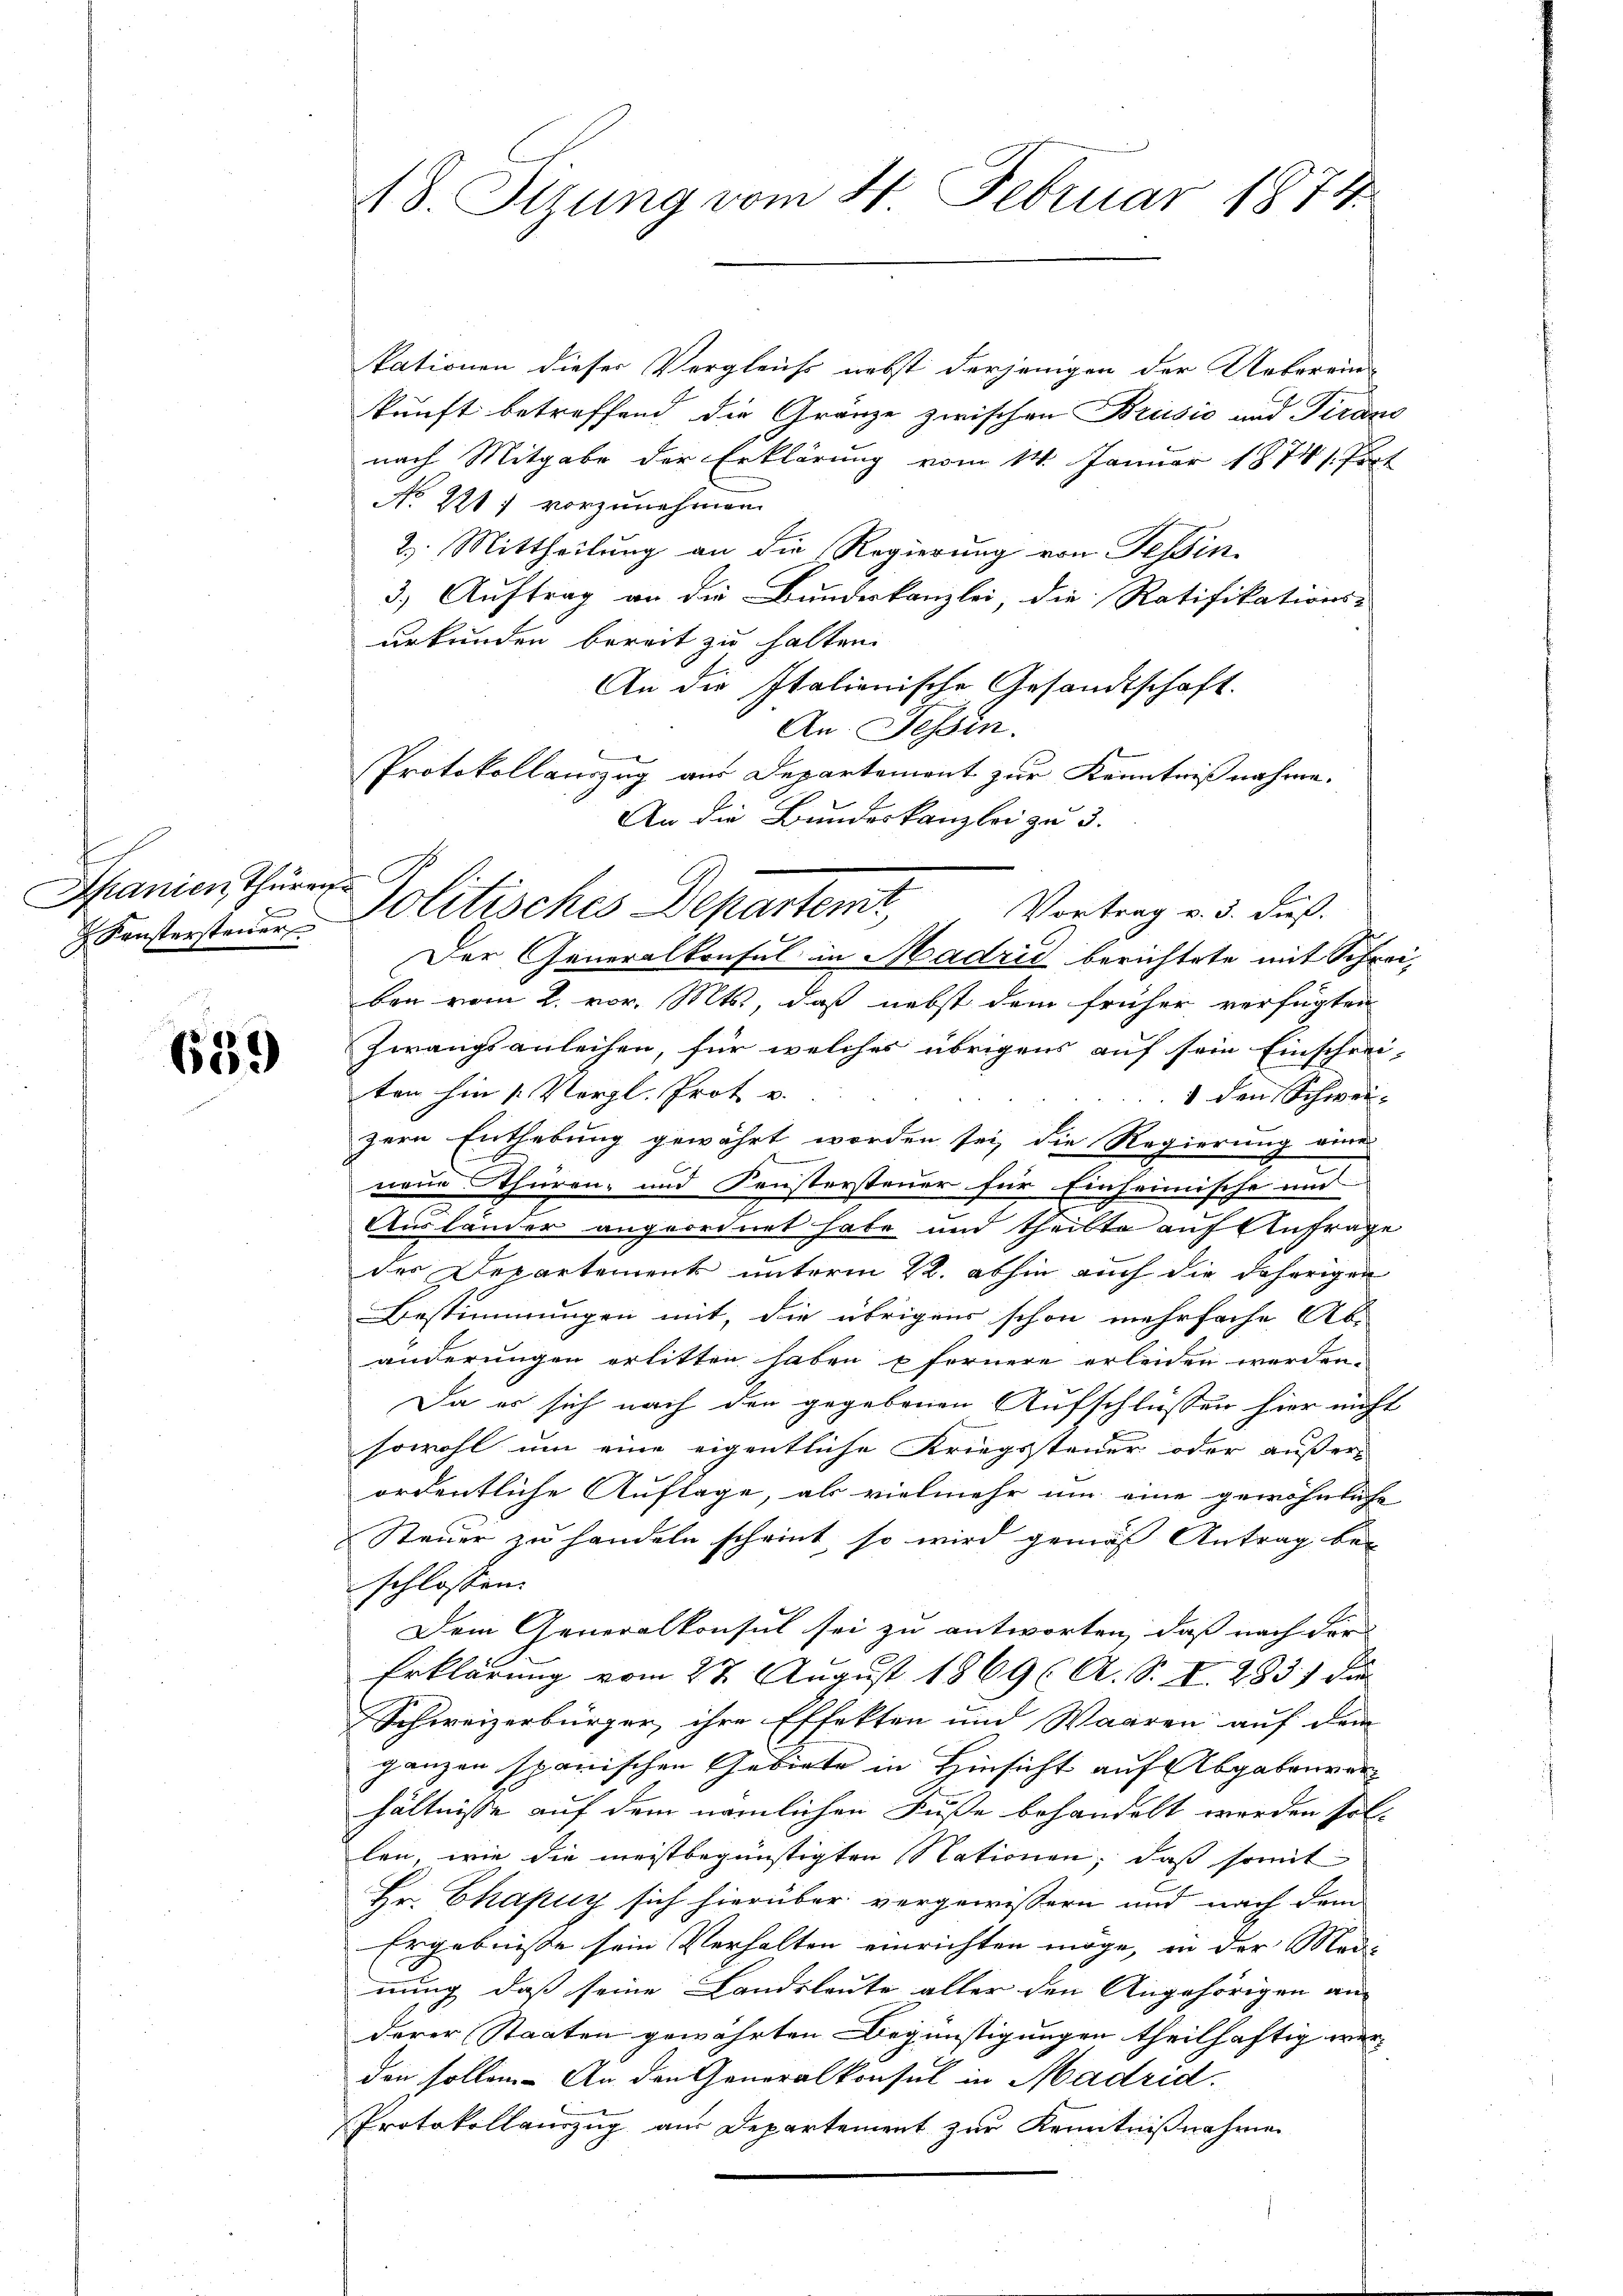
.
Spanien thüren

659

18. Sizung vom 4. Februar 1874.

kationen dieser Vergleichs nebst derjenigen der Ueberend
kunft betreffend die Gränze zwischen Brusio und Piraus
nach Mitgabe der Erklärung vom 14. Januar 1874. Prof
No. 221 7 vorzunehmen.
2. Mittheilung an die Regierung von Tessin,
3.) Auftrag an die Bundeskanzlei, die Ratifikations-
urkunden bereit zu halten.
An die Italienische Gesandtschaft.
An. Tessin.
Der Generalkonsul in Madrid berichtete mit Schreiben vom 2. vor. Mts., daß nebst dem früher verfügten
Zwangsanleihen, für welches übrigens auf sein Einschrei-
ten hin 1 Vorzl. Prot v.
1 den Schweizern Enthebung gewährt worden sei, die Regierung eine
neue Thüren- und Fenstersteuer für Einheimische und
Ausländer angeordnet habe und theilte auf Anfrage
des Departement unterm 22. abhin auch die daherigen
Bestimmungen mit, die übrigens schon mehrfache Ab-
änderungen erlitten haben fernere erleiden werden.
Da es sich nach den gegebenen Aufschlüssen hier nicht
sowohl um eine eigentliche Kriegssteuer oder äußer
ordentliche Auflage, als vielmehr um eine gewöhnliche
Steuer zu handeln scheint, so wird gemäß Antrag bei
schlossen:
Dem Generalkonsul sei zu antworten, daß nach der
Erklärung vom 27. August 1869 (A. S. I. 283) die
Schweizerbürger, ihre Effekten und Waaren auf dem
ganzen spanischen Gebiete in Hinsicht auf Abgabenver
hältnisse auf dem nämlichen Fuße behandelt werden sol-
len, wie die meistbegünstigten Stationen, daß somit
Hr. Chapuy sich hierüber vergewissern und nach dem
Ergebnisse sein Verhalten einrichten möge, in der Medi
nung, daß seine Landsleute aller den Angehörigen an |
derer Staaten gewährten Begünstigungen theilhaftig werden sollen. An den Generalkonsul in Madrid.
Protokollauszug aus Departement zur Kenntnißnahmen

Protokollauszug aus Departement zur Kenntnißnahme.
An die Bundeskanzlei zu 3.
Fenstersten Politisches Departemt, Vertrag v. d. das